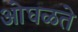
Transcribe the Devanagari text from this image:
ओघळते